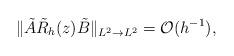
LaTeX: \begin{align*}\|\tilde{A}\tilde{R}_h(z)\tilde{B}\|_{L^2\to L^2}=\mathcal{O}(h^{-1}),\end{align*}